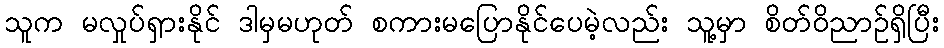
သူက မလှုပ်ရှားနိုင် ဒါမှမဟုတ် စကားမပြောနိုင်ပေမဲ့လည်း သူ့မှာ စိတ်ဝိညာဥ်ရှိပြီး